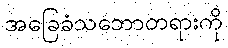
အခြေခံသဘောတရားကို